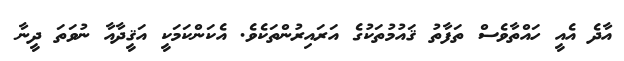
އާދެ އެއީ ހައްތާވެސް ތަފާތު ޤައުމުތަކުގެ އަރައިރުންތަކެވެ. އެކަންކަމަކީ އަޤީދާއާ ނުވަތަ ދީނާ